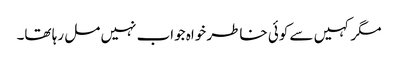
مگر کہیں سے کوئی خاطر خواہ جواب نہیں مل رہا تھا۔